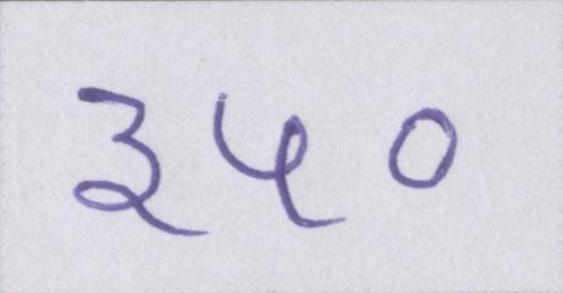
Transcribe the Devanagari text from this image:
३५०